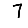
Digit: 7